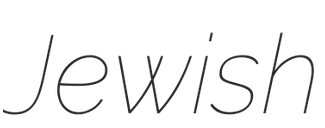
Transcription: Jewish